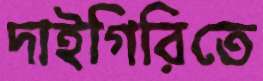
দাইগিরিতে